Report of the Indian Hemp Drugs Commission, 1894-1895 - Volume VII
Year: 1894
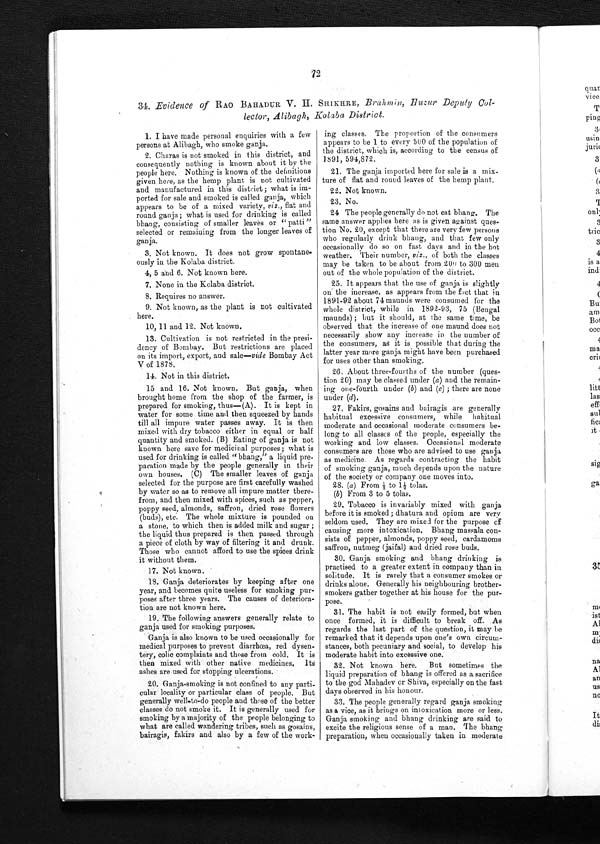
72
34. Evidence of RAO BAHADUR V. H. SHIKHRE, Brahmin, Huzur Deputy Col-
lector, Alibagh, Kolaba District.
1. I have made personal enquiries with a few
persons at Alibagh, who smoke ganja.
2. Charas is not smoked in this district, and
consequently nothing is known about it by the
people here. Nothing is known of the definitions
given here, as the hemp plant is not cultivated
and manufactured in this district; what is i
m -
ported for sale and smoked is called ganja, which
appears to be of a mixed variety, viz ., flat and
round ganja ; what is used for drinking is called
bhang, consisting of smaller leaves or "patti"
selected or remaining from the longer leaves of
ganja.
3. Not known. It does not grow spontane-
ously in the Kolaba district.
4, 5 and 6. Not known here.
7. None in the Kolaba district.
8. Requires no answer.
9. Not known, as the plant is not cultivated
here.
10, 11 and 12. Not known.
13. Cultivation is not restricted in the presi
-
dency of Bombay. But restrictions are placed
on its import, export, and sale—vide Bombay Act
V of 1878.
14. Not in this district.
15 and 16. Not known. But ganja, when
brought home from the shop of the farmer, is
prepared for smoking, thus—(A). It is kept in
water for some time and then squeezed by hands
till all impure water passes away. It is then
mixed with dry tobacco either in equal or half
quantity and smoked. (B) Eating of ganja is not
known here save for medicinal purposes; what is
used for drinking is called "bhang," a liquid pr
e - p a r a t i o n m a d e b y t h e p e o p l e g e n e r a l l y i n t h e i r
own houses. (C) The smaller leaves of ganja
selected for the purpose are first carefully washed
by water so as to remove all impure matter there
-
from, and then mixed with spices, such as pepper,
poppy seed, almonds, saffron, dried rose flowers
(buds), etc. The whole mixture is pounded on
a stone, to which then is added milk and sugar ;
the liquid thus prepared is then passed through
a piece of cloth by way of filtering it and drunk.
Those who cannot afford to use the spices drink
it without them.
1 7 . N o t k n o w n .
18. Ganja deteriorates by keeping after one
year, and becomes quite useless for smoking pur-
poses after three years. The causes of deteriora
-
tion are not known here.
19. The following answers generally relate to
ganja used for smoking purposes.
Ganja is also known to be used occasionally for
medical purposes to prevent diarrhœa, red dysen
-
tery, colic complaints and those from cold. It is
then mixed with other native medicines, Its
ashes are used for stopping ulcerations.
20. Ganja-smoking is not confined to any parti
-
cular locality or particular class of people. But
generally well-to-do people and those of the better
classes do not smoke it. It is generally used for
smoking by a majority of the people belonging to
what are called wandering tribes, such as gosains,
bairagis, fakirs and also by a few of the work-
ing classes. The proportion of the consumers
appears to be 1 to every 500 of the population of
the district, which is, according to the census of
1891, 594, 872.
21. The ganja imported here for sale is a mix-
ture of flat and round leaves of the hemp plant.
22. Not known.
23. No.
24 The people generally do not eat bhang. The
same answer applies here as is given against que
s - t i o n N o . 2 0 , e x c e p t t h a t t h e r e a r e v e r y f e w p e r s o n s
who regularly drink bhang, and that few only
occasionally do so on fast days and in the hot
weather. Their number, viz., of both the classes
may be taken to be about from 200 to 300 men
out of the whole population of the district.
25. It appears that the use of ganja is slightly
on the increase, as appears from the fact that in
1891-92 about 74 maunds were consumed for the
whole district, while in 1892-93, 75 (Bengal
maunds) ; but it should, at the same time, be
observed that the increase of one maund does not
necessarily show any increase in the number of
the consumers, as it is possible that during the
latter year more ganja might have been purchased
for uses other than smoking.
26. About three-fourths of the number (ques
tion 20) may be classed under (a) and the remain
- i n g o n e - f o u r t h u n d e r
( b )
a n d
( c ) ;
t h e r e a r e n o n e
under (d).
27. Fakirs, gosains and bairagis are generally
habitual excessive consumers, while habitual
moderate and occasional moderate consumers b
e - l o n g t o a l l c l a s s e s o f t h e p e o p l e , e s p e c i a l l y t h e
working and low classes. Occasional moderate
consumers are those who are advised to use ganja
as medicine. As regards contracting the habit
of smoking ganja, much depends upon the nature
of the society or company one moves into.
2 8 . ( a )
F r o m ½ t o 1 ½ t o l a s .
(b) From 3 to 5 tolas.
29. Tobacco is invariably mixed with ganja
before it is smoked ; dhatura and opium are very
seldom used. They are mixed for the purpose of
causing more intoxication. Bhang massala c
o n - s i s t s o f p e p p e r , a l m o n d s , p o p p y s e e d , c a r d a m o m s
saffron, nutmeg (jaifal) and dried rose buds.
30. Ganja smoking and bhang drinking is
practised to a greater extent in company than in
solitude. It is rarely that a consumer smokes or
drinks alone. Generally his neighbouring brother-
smokers gather together at his house for the pu
r - p o s e .
31. The habit is not easily formed, but when
once formed, it is difficult to break off. As
regards the last part of the question, it may be
remarked that it depends upon one's own circum
-
stances, both pecuniary and social, to develop his
moderate habit into excessive one.
32. Not known here. But sometimes the
liquid preparation of bhang is offered as a sacrifice
to the god Mahadev or Shiva, especially on the fast
days observed in his honour.
33. The people generally regard ganja smoking
as a vice, as it brings on intoxication more or less.
Ganja smoking and bhang drinking are said to
excite the religious sense of a man. The bhang
preparation, when occasionally taken in moderate